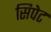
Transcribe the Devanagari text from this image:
सिपेट